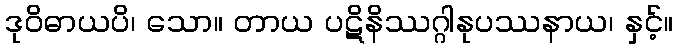
ဒုဝိဓာယပိ၊ သော။ တာယ ပဋိနိဿဂ္ဂါနုပဿနာယ၊ နှင့်။